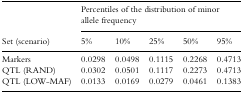
|  | <COLSPAN=5> Percentiles of the distribution of minor |
 |  | <COLSPAN=5> allele frequency |
 | Set (scenario) | 5% | 10% | 25% | 50% | 95% |
 | --- | --- | --- | --- | --- | --- |
 | Markers | 0.0298 | 0.0498 | 0.1115 | 0.2268 | 0.4713 |
 | QTL (RAND) | 0.0302 | 0.0501 | 0.1117 | 0.2273 | 0.4713 |
 | QTL (LOW‐MAF) | 0.0133 | 0.0169 | 0.0279 | 0.0461 | 0.1383 |